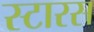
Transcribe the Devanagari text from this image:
स्टारस